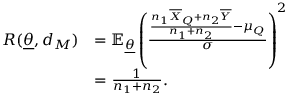
\begin{array} { r l } { R ( \underline { { \theta } } , d _ { M } ) } & { = \mathbb { E } _ { \underline { { \theta } } } \left( \frac { \frac { n _ { 1 } \overline { { X } } _ { Q } + n _ { 2 } \overline { { Y } } } { n _ { 1 } + n _ { 2 } } - \mu _ { Q } } { \sigma } \right) ^ { 2 } } \\ & { = \frac { 1 } { n _ { 1 } + n _ { 2 } } . } \end{array}